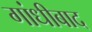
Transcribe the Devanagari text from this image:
गांधीबाद